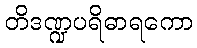
တိဒဏ္ဍပရိဓာရကော